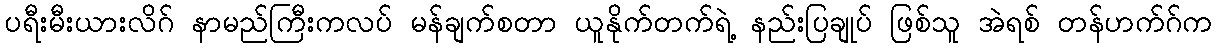
ပရီးမီးယားလိဂ် နာမည်ကြီးကလပ် မန်ချက်စတာ ယူနိုက်တက်ရဲ့ နည်းပြချုပ် ဖြစ်သူ အဲရစ် တန်ဟက်ဂ်က